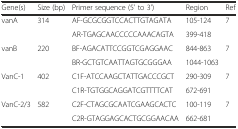
| Gene(s) | Size (bp) | Primer sequence (5' to 3') | Region | Ref |
 | --- | --- | --- | --- | --- |
 | vanA | 314 | AF-GCGCGGTCCACTTGTAGATA | 105-124 | 7 |
 |  |  | AR-TGAGCAACCCCCAAACAGTA | 399-418 |  |
 | vanB | 220 | BF-AGACATTCCGGTCGAGGAAC | 844-863 | 7 |
 |  |  | BR-GCTGTCAATTAGTGCGGGAA | 1044-1063 |  |
 | VanC-1 | 402 | C1F-ATCCAAGCTATTGACCCGCT | 290-309 | 7 |
 |  |  | C1R-TGTGGCAGGATCGTTTTCAT | 672-691 |  |
 | VanC-2/3 | 582 | C2F-CTAGCGCAATCGAAGCACTC | 100-119 | 7 |
 |  |  | C2R-GTAGGAGCACTGCGGAACAA | 662-681 |  |